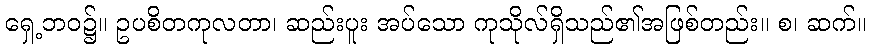
ရှေ့ဘဝ၌။ ဥပစိတကုလတာ၊ ဆည်းပူး အပ်သော ကုသိုလ်ရှိသည်၏အဖြစ်တည်း။ စ၊ ဆက်။